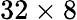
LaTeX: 32\times 8